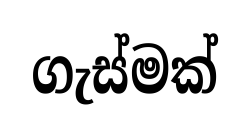
ගැස්මක්